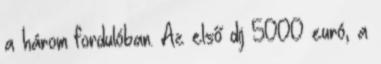
a három fordulóban. Az első díj 5000 euró, a